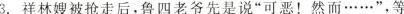
3.祥林嫂被抢走后，鲁四老爷先是说”可恶！然而……”，